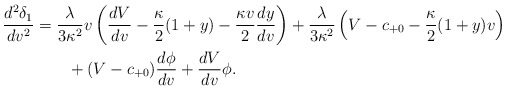
\begin{align*} \frac{d^2\delta_1}{dv^2}&=\frac{\lambda}{3\kappa^2}v\left(\frac{dV}{dv}-\frac{\kappa}{2}(1+y)-\frac{\kappa v}{2}\frac{dy}{dv}\right)+\frac{\lambda}{3\kappa^2}\left(V-c_{+0}-\frac{\kappa}{2}(1+y)v\right)\\&\qquad+(V-c_{+0})\frac{d\phi}{dv}+\frac{dV}{dv}\phi.\end{align*}